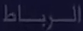
الرباط